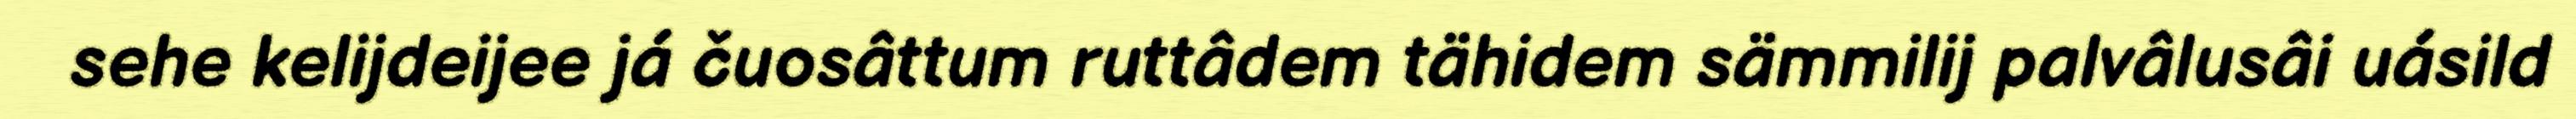
sehe kelijdeijee já čuosâttum ruttâdem tähidem sämmilij palvâlusâi uásild